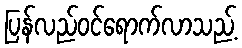
ပြန်လည်ဝင်ရောက်လာသည့်